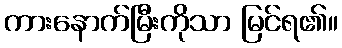
ကားနောက်မြီးကိုသာ မြင်ရ၏။